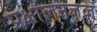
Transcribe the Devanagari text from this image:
प्रक्षालनजल